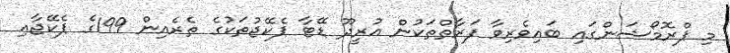
މި ޕްރޮމޯޝަންގައި ބައިވެރިވާ ފަރާތްތަކުން އުރީދޫ ޑޭޓާ ޕެކޭޖުތަކުގެ ތެރެއިން 199ގެ ޕެކޭޖާއި